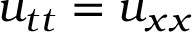
u _ { t t } = u _ { x x }